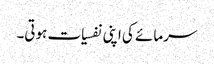
سرمائے کی اپنی نفسیات ہوتی۔